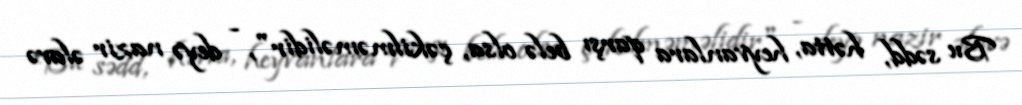
Bu sədd, hətta, heyvanlara qarşı belə olsa, çəkilməməlidir", - deyə nazir əlavə